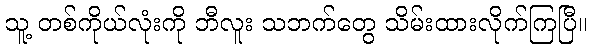
သူ့ တစ်ကိုယ်လုံးကို ဘီလူး သဘက်တွေ သိမ်းထားလိုက်ကြပြီ။